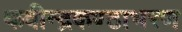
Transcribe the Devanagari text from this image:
कवीन्द्रकण्ठाभरण